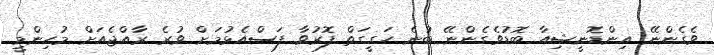
ވެގެންނޭ އިންޑޮނީޝިއާ ބޮޑުވެގެންނޭ ބުނެ ހަގީގަތް ފޮރުވާ ފަސްއެޅުމަށް ވުރެ ރާއްޖެއަށް މުހިންމީ